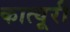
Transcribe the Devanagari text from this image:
कात्यूरी